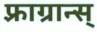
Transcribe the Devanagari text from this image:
फ़्राग्रान्स्